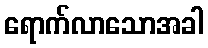
ရောက်လာသောအခါ